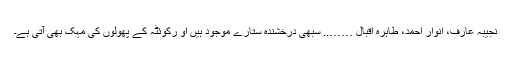
نجیبہ عارف، انوار احمد، طاہرہ اقبال …….. سبھی درخشندہ ستارے موجود ہیں او رکوئٹہ کے پھولوں کی مہک بھی آتی ہے۔